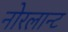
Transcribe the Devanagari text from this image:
नोरलान्ट